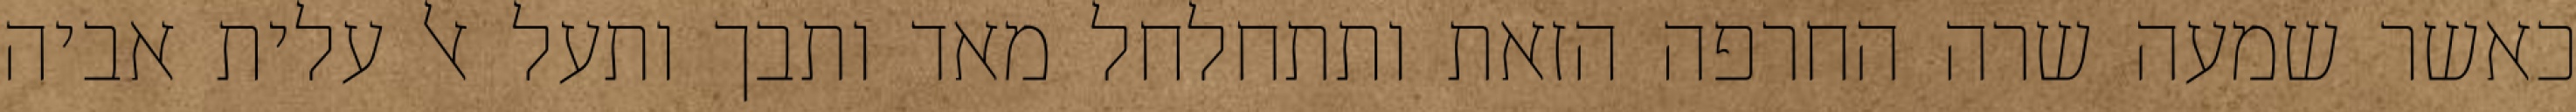
כאשר שמעה שרה החרפה הזאת ותתחלחל מאד ותבך ותעל אל עלית אביה